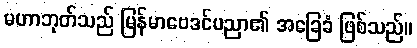
မဟာဘုတ်သည် မြန်မာဗေဒင်ပညာ၏ အခြေခံ ဖြစ်သည်။